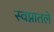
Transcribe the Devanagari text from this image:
स्वप्नातले